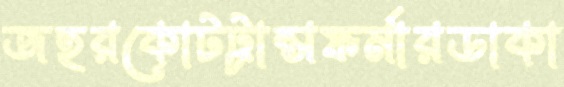
জহরকোটট্রান্সফর্মারডাকা